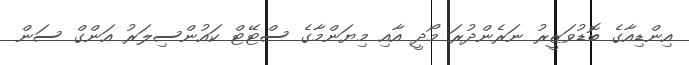
އިންޑިއާގެ ބޮޑުވަޒީރު ނަރެންދުރަ މޯދީ އާއި މިޔަންމާގެ ސްޓޭޓް ކައުންސިލަރު އަންގް ސަން